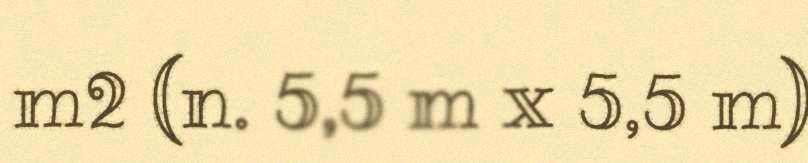
m2 (n. 5,5 m x 5,5 m)